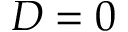
D = 0